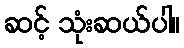
ဆင့် သုံးဆယ်ပါ။